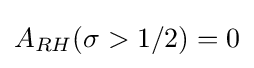
A_{RH}(\sigma >1/2)=0